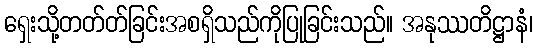
ရှေးသို့တတ်တ်ခြင်းအစရှိသည်ကိုပြုခြင်းသည်။ အနုဿတိဋ္ဌာနံ၊